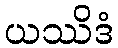
ယဿိဒံ